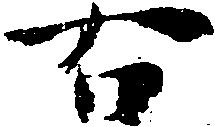
右